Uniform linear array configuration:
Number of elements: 16
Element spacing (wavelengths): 0.75
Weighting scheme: cosine
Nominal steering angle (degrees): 0
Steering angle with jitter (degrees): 1.688
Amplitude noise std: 0.05
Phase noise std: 0.05

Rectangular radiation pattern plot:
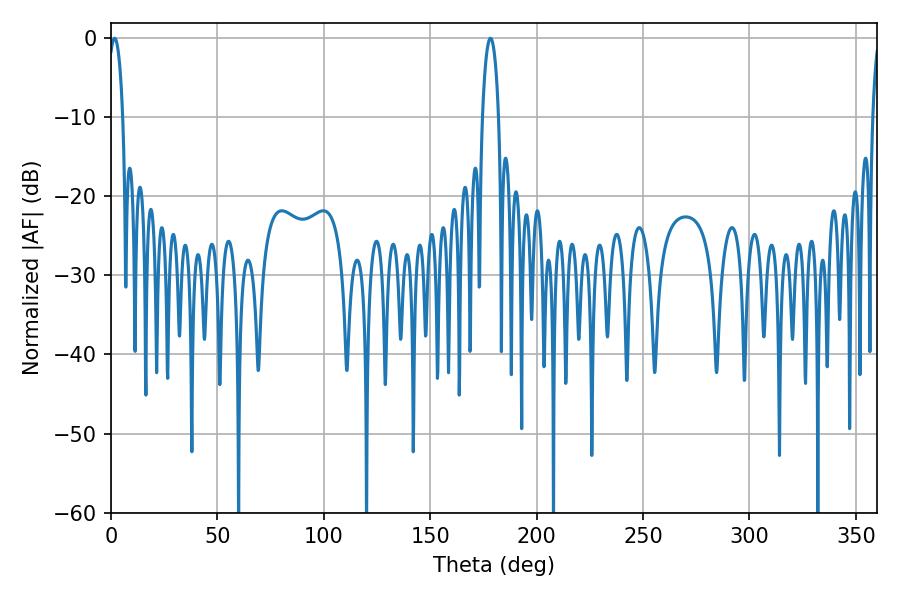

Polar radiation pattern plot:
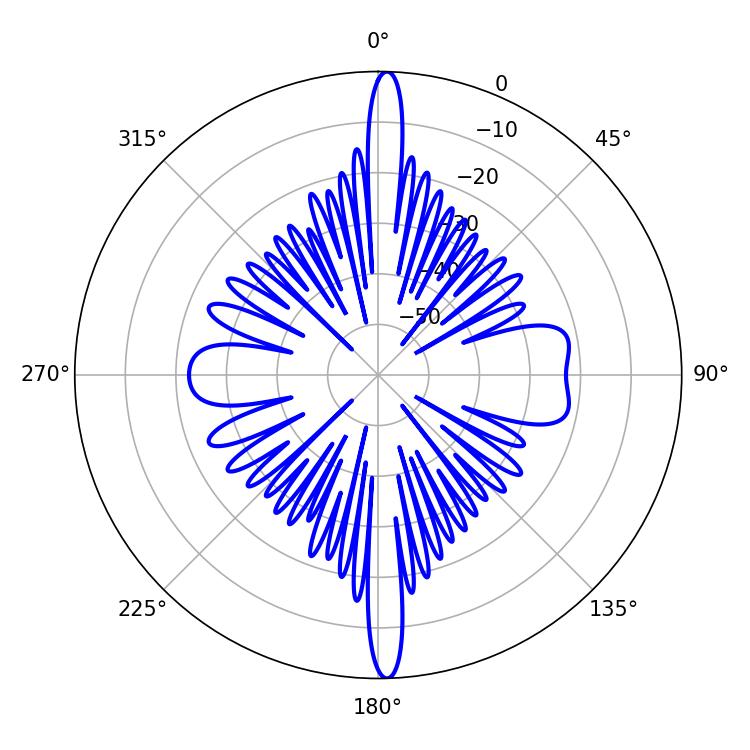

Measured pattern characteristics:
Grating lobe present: TRUE
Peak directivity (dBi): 25.423
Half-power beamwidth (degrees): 4.32
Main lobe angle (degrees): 178.38